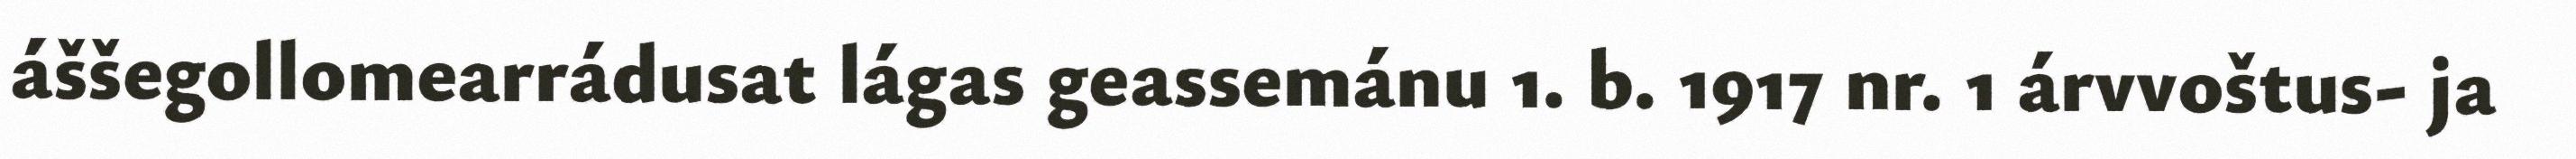
áššegollomearrádusat lágas geassemánu 1. b. 1917 nr. 1 árvvoštus- ja